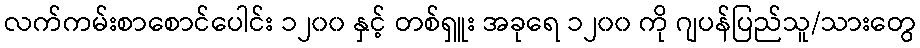
လက်ကမ်းစာစောင်ပေါင်း ၁၂၀၀ နှင့် တစ်ရှူး အခုရေ ၁၂၀၀ ကို ဂျပန်ပြည်သူ/သားတွေ